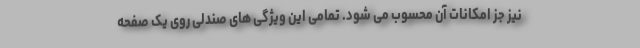
نیز جز امکانات آن محسوب می شود. تمامی این ویژگی های صندلی روی یک صفحه